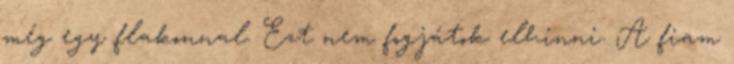
még egy flakonnal. Ezt nem fogjátok elhinni. A fiam